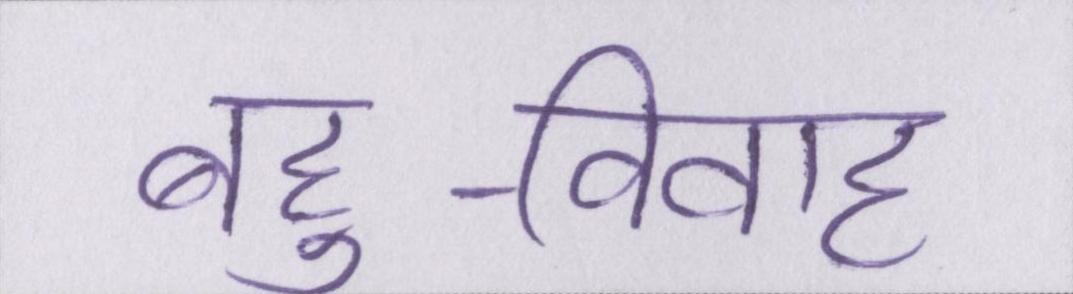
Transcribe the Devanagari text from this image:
बहु-विवाह